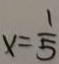
x = \frac { 1 } { 5 }